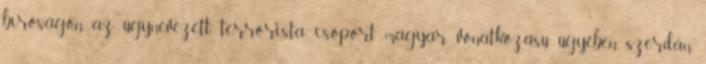
bíróságon az úgynevezett terrorista csoport magyar vonatkozású ügyében szerdán